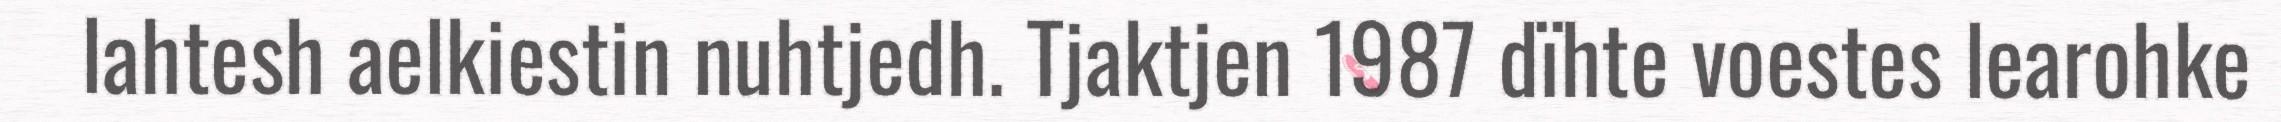
lahtesh aelkiestin nuhtjedh. Tjaktjen 1987 dïhte voestes learohke